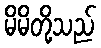
မိမိတို့သည်